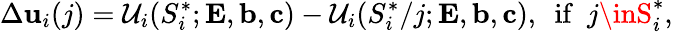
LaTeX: \Delta\mathbf{u}_{i}(j)=\mathcal{U}_{i}(S_{i}^{*};{\mathbf{{E}}},{\mathbf{{b}}},{\mathbf{{c}}})-\mathcal{U}_{i}(S_{i}^{*}/{j};{\mathbf{{E}}},{\mathbf{{b}}},{\mathbf{{c}}}),~~{\mathrm{{if}}}~~j\inS_{i}^{*},